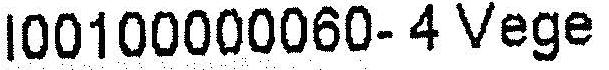
I00100000060-4 VEGE